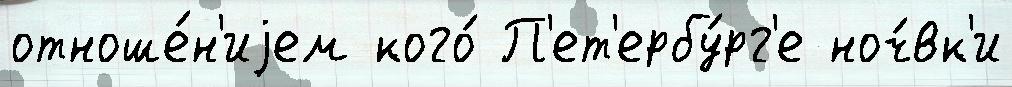
отноше́н'иjем кого́ П'ет'ербу́рг'е ноч́вк'и